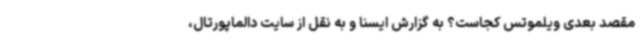
مقصد بعدی ویلموتس کجاست؟ به گزارش ایسنا و به نقل از سایت دالماپورتال،